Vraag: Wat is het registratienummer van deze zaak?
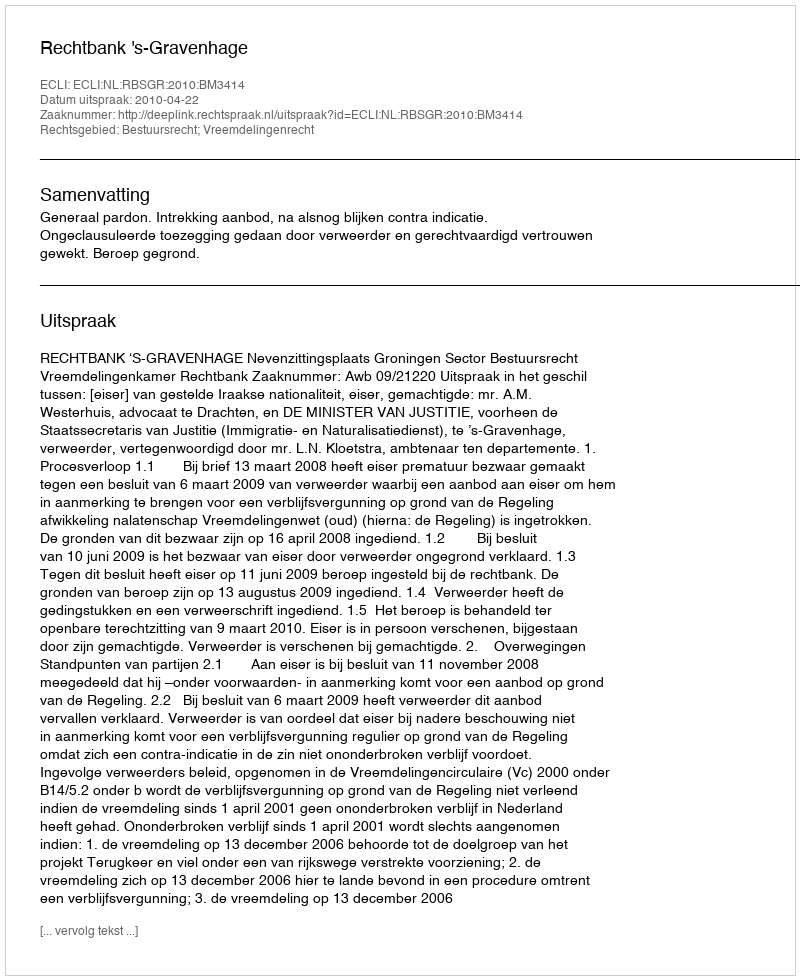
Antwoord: http://deeplink.rechtspraak.nl/uitspraak?id=ECLI:NL:RBSGR:2010:BM3414